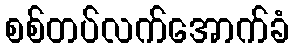
စစ်တပ်လက်အောက်ခံ